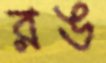
রঙ